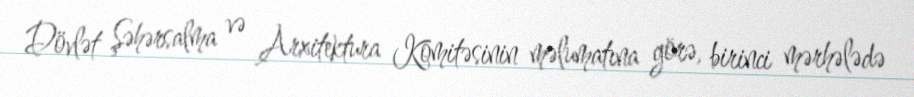
Dövlət Şəhərsalma və Arxitektura Komitəsinin məlumatına görə, birinci mərhələdə